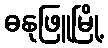
ဓနုဖြူမြို့